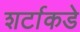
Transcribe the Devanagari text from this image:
शर्टाकडे